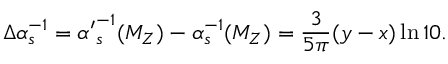
\Delta \alpha _ { s } ^ { - 1 } = { \alpha ^ { \prime } } _ { s } ^ { - 1 } ( M _ { Z } ) - \alpha _ { s } ^ { - 1 } ( M _ { Z } ) = { \frac { 3 } { 5 \pi } } ( y - x ) \ln 1 0 .